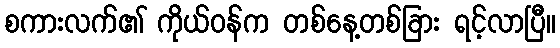
စကားလက်၏ ကိုယ်ဝန်က တစ်နေ့တစ်ခြား ရင့်လာပြီ။